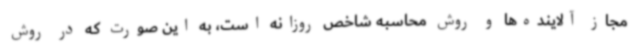
مجاز آلاینده‌ها و روش محاسبه شاخص روزانه است، به این صورت که در روش